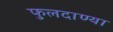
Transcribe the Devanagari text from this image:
फुलदाण्या